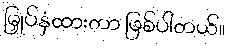
မြှုပ်နှံထားတာ ဖြစ်ပါတယ်။